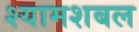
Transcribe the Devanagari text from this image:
श्यामशबल